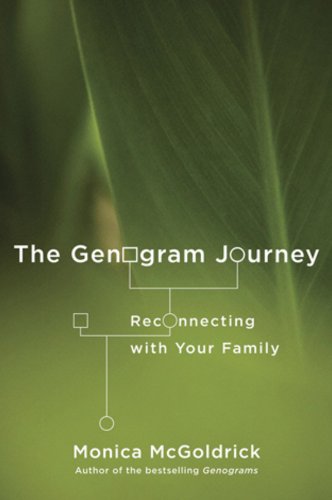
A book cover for The Genogram Journey: Reconnecting with Your Family; Monica McGoldrick; Reference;